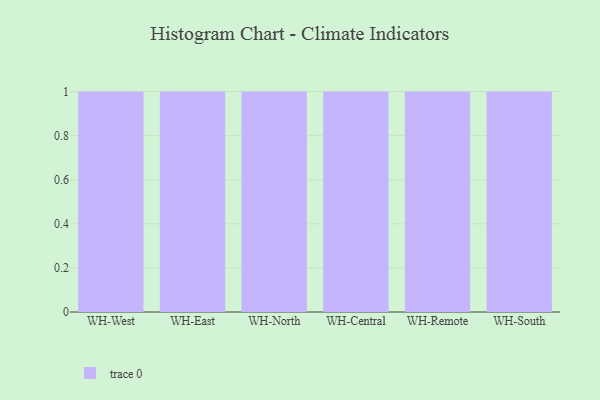
{"axis": {"x": "Warehouse", "y": "Production Output"}, "legend": [""], "data": [{"x": "WH-West", "y": 74, "type": ""}, {"x": "WH-East", "y": 64, "type": ""}, {"x": "WH-North", "y": 80, "type": ""}, {"x": "WH-Central", "y": 38, "type": ""}, {"x": "WH-Remote", "y": 64, "type": ""}, {"x": "WH-South", "y": 2, "type": ""}]}